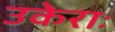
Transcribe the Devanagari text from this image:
उकेराः